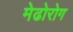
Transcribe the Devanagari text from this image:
मेढोरोग